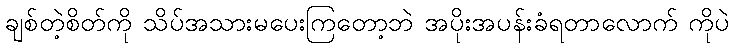
ချစ်တဲ့စိတ်ကို သိပ်အသားမပေးကြတော့ဘဲ အပိုးအပန်းခံရတာလောက် ကိုပဲ